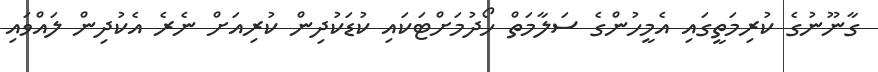
ގާނޫނުގެ ކުރިމަތީގައި އެމީހުންގެ ސަލާމަތް ހޯދުމަށްޓަކައި ކުޑަކުދިން ކުރިއަށް ނެރެ އެކުދިން ލައްވައި